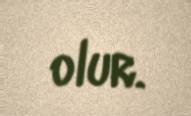
olur.